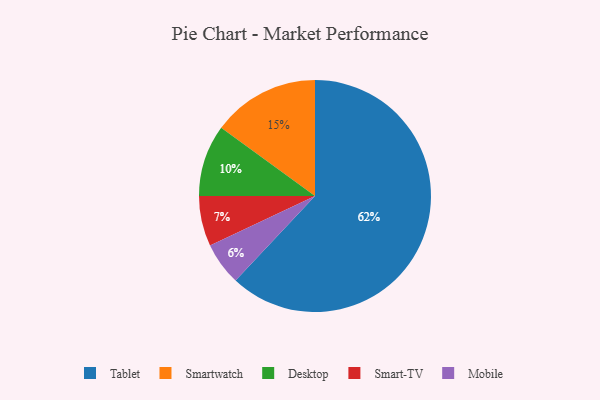
{"axis": {"x": "Category", "y": "Percentage"}, "legend": ["Desktop", "Mobile", "Smart-TV", "Smartwatch", "Tablet"], "data": [{"x": "Mobile", "y": 6, "type": "Mobile"}, {"x": "Smart-TV", "y": 7, "type": "Smart-TV"}, {"x": "Desktop", "y": 10, "type": "Desktop"}, {"x": "Tablet", "y": 62, "type": "Tablet"}, {"x": "Smartwatch", "y": 15, "type": "Smartwatch"}]}